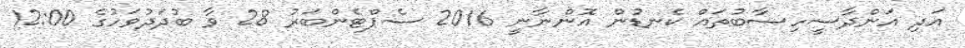
އަދި އަންދާސީހިސާބުތައް ކެނޑުން އޮންނާނީ 2016 ސެޕްޓެންބަރު 28 ވާ ބުދަދުވަހުގެ 12:00